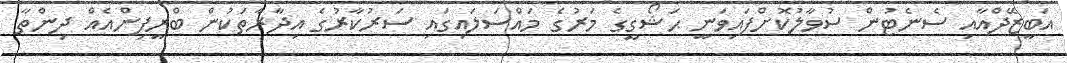
އަބީޒޭދްއާއި ސެނެޓުން ސުވާލުކޮށްފައިވަނީ ޙަޝޯގީގެ މަރުގެ މައްސަލައިގައި ސަރުކާރުގެ އިދާރާތަކުން ބްރީފިންއެއް ދިންތާ